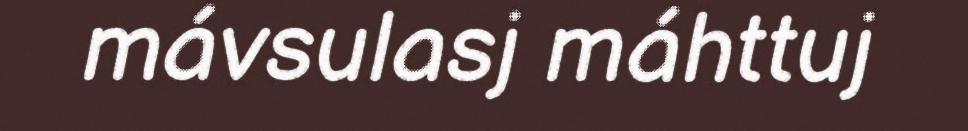
mávsulasj máhttuj